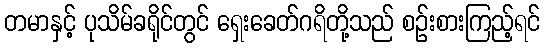
တမာနှင့် ပုသိမ်ခရိုင်တွင် ရှေးခေတ်ဂရိတို့သည် စဉ်းစားကြည့်ရင်